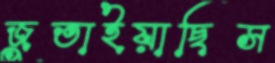
জুতাইয়াছিস